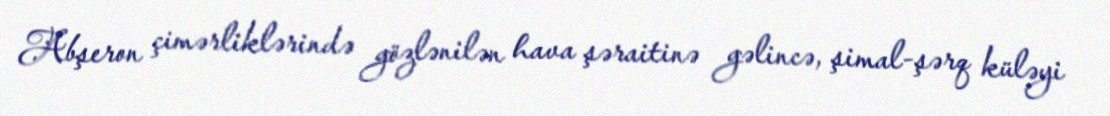
Abşeron çimərliklərində gözlənilən hava şəraitinə gəlincə, şimal-şərq küləyi